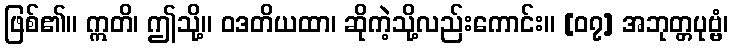
ဖြစ်၏။ ဣတိ၊ ဤသို့။ ဝဒတိယထာ၊ ဆိုကဲ့သို့လည်းကောင်း။ [၀၇] အဘုတ္တပုဗ္ဗံ၊